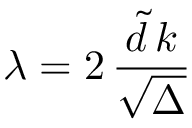
\lambda = 2 \, \frac { { \tilde { d } } \, k } { \sqrt { \Delta } }